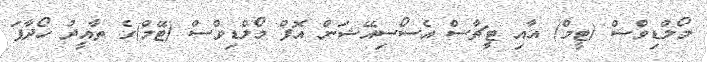
މޯލްޑިވްސް (ޓީމް) އާއި ޓީޗާސް އެސޯސިއޭޝަން އޮފް މޯލްޑިވްސްް (ޓޭމް)ގެ ތާއީދު ހޯދާފަ